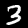
Label: 3